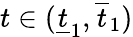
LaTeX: t\in(\underline{{t}}_{1},\overline{{t}}_{1})